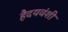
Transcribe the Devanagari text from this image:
हैदयवंशी